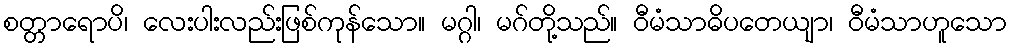
စတ္တာရောပိ၊ လေးပါးလည်းဖြစ်ကုန်သော။ မဂ္ဂါ၊ မဂ်တို့သည်။ ဝီမံသာဓိပတေယျာ၊ ဝီမံသာဟူသော